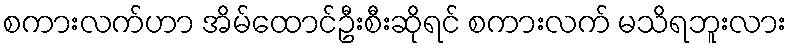
စကားလက်ဟာ အိမ်ထောင်ဦးစီးဆိုရင် စကားလက် မသိရဘူးလား